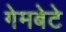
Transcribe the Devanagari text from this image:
गेमबेटे